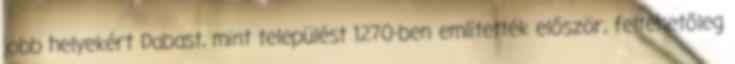
jobb helyekért Dabast, mint települést 1270-ben említették először, feltehetőleg